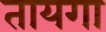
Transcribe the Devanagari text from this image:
तायगा